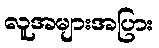
လူအများအပြား